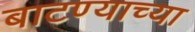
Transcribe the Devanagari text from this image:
बाटण्याच्या